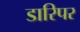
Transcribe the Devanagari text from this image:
डारिपर